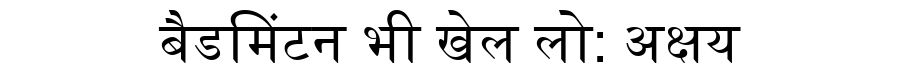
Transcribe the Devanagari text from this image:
बैडमिंटन भी खेल लो: अक्षय